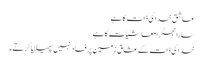
عاشق خدا کی ذات کا ہے
سارا جھگڑا معاشیات کا ہے
خدا کی ذات کے عشاق زمین پر فساد نہیں پھیلایا کرتے۔